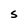
Character: S